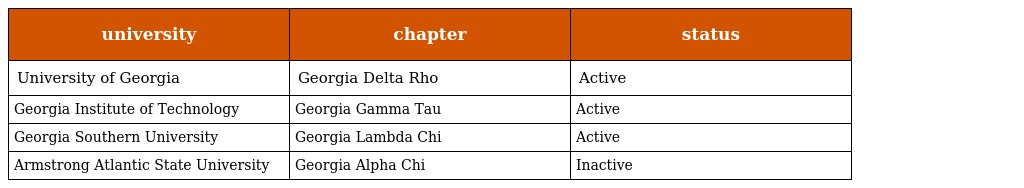
| university | chapter | status |
 | --- | --- | --- |
 | University of Georgia | Georgia Delta Rho | Active |
 | Georgia Institute of Technology | Georgia Gamma Tau | Active |
 | Georgia Southern University | Georgia Lambda Chi | Active |
 | Armstrong Atlantic State University | Georgia Alpha Chi | Inactive |